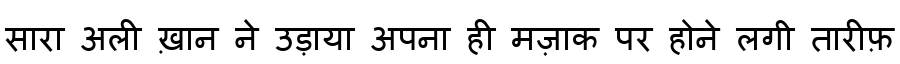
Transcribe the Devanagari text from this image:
सारा अली ख़ान ने उड़ाया अपना ही मज़ाक पर होने लगी तारीफ़